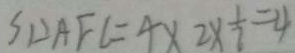
S _ { \Delta } A F C = 4 \times 2 \times \frac { 1 } { 7 } = 4